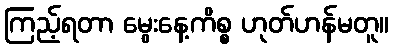
ကြည့်ရတာ မွေးနေ့ကိစ္စ ဟုတ်ဟန်မတူ။